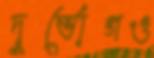
দুর্ভোগও